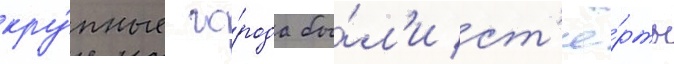
кру́пные го́рода бы́л'и ст'ё́рты